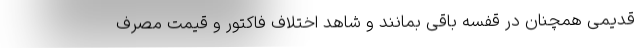
قدیمی همچنان در قفسه باقی بمانند و شاهد اختلاف فاکتور و قیمت مصرف